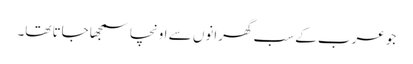
جو عرب کے سب گھرانوں سے اونچا سمجھا جاتا تھا۔